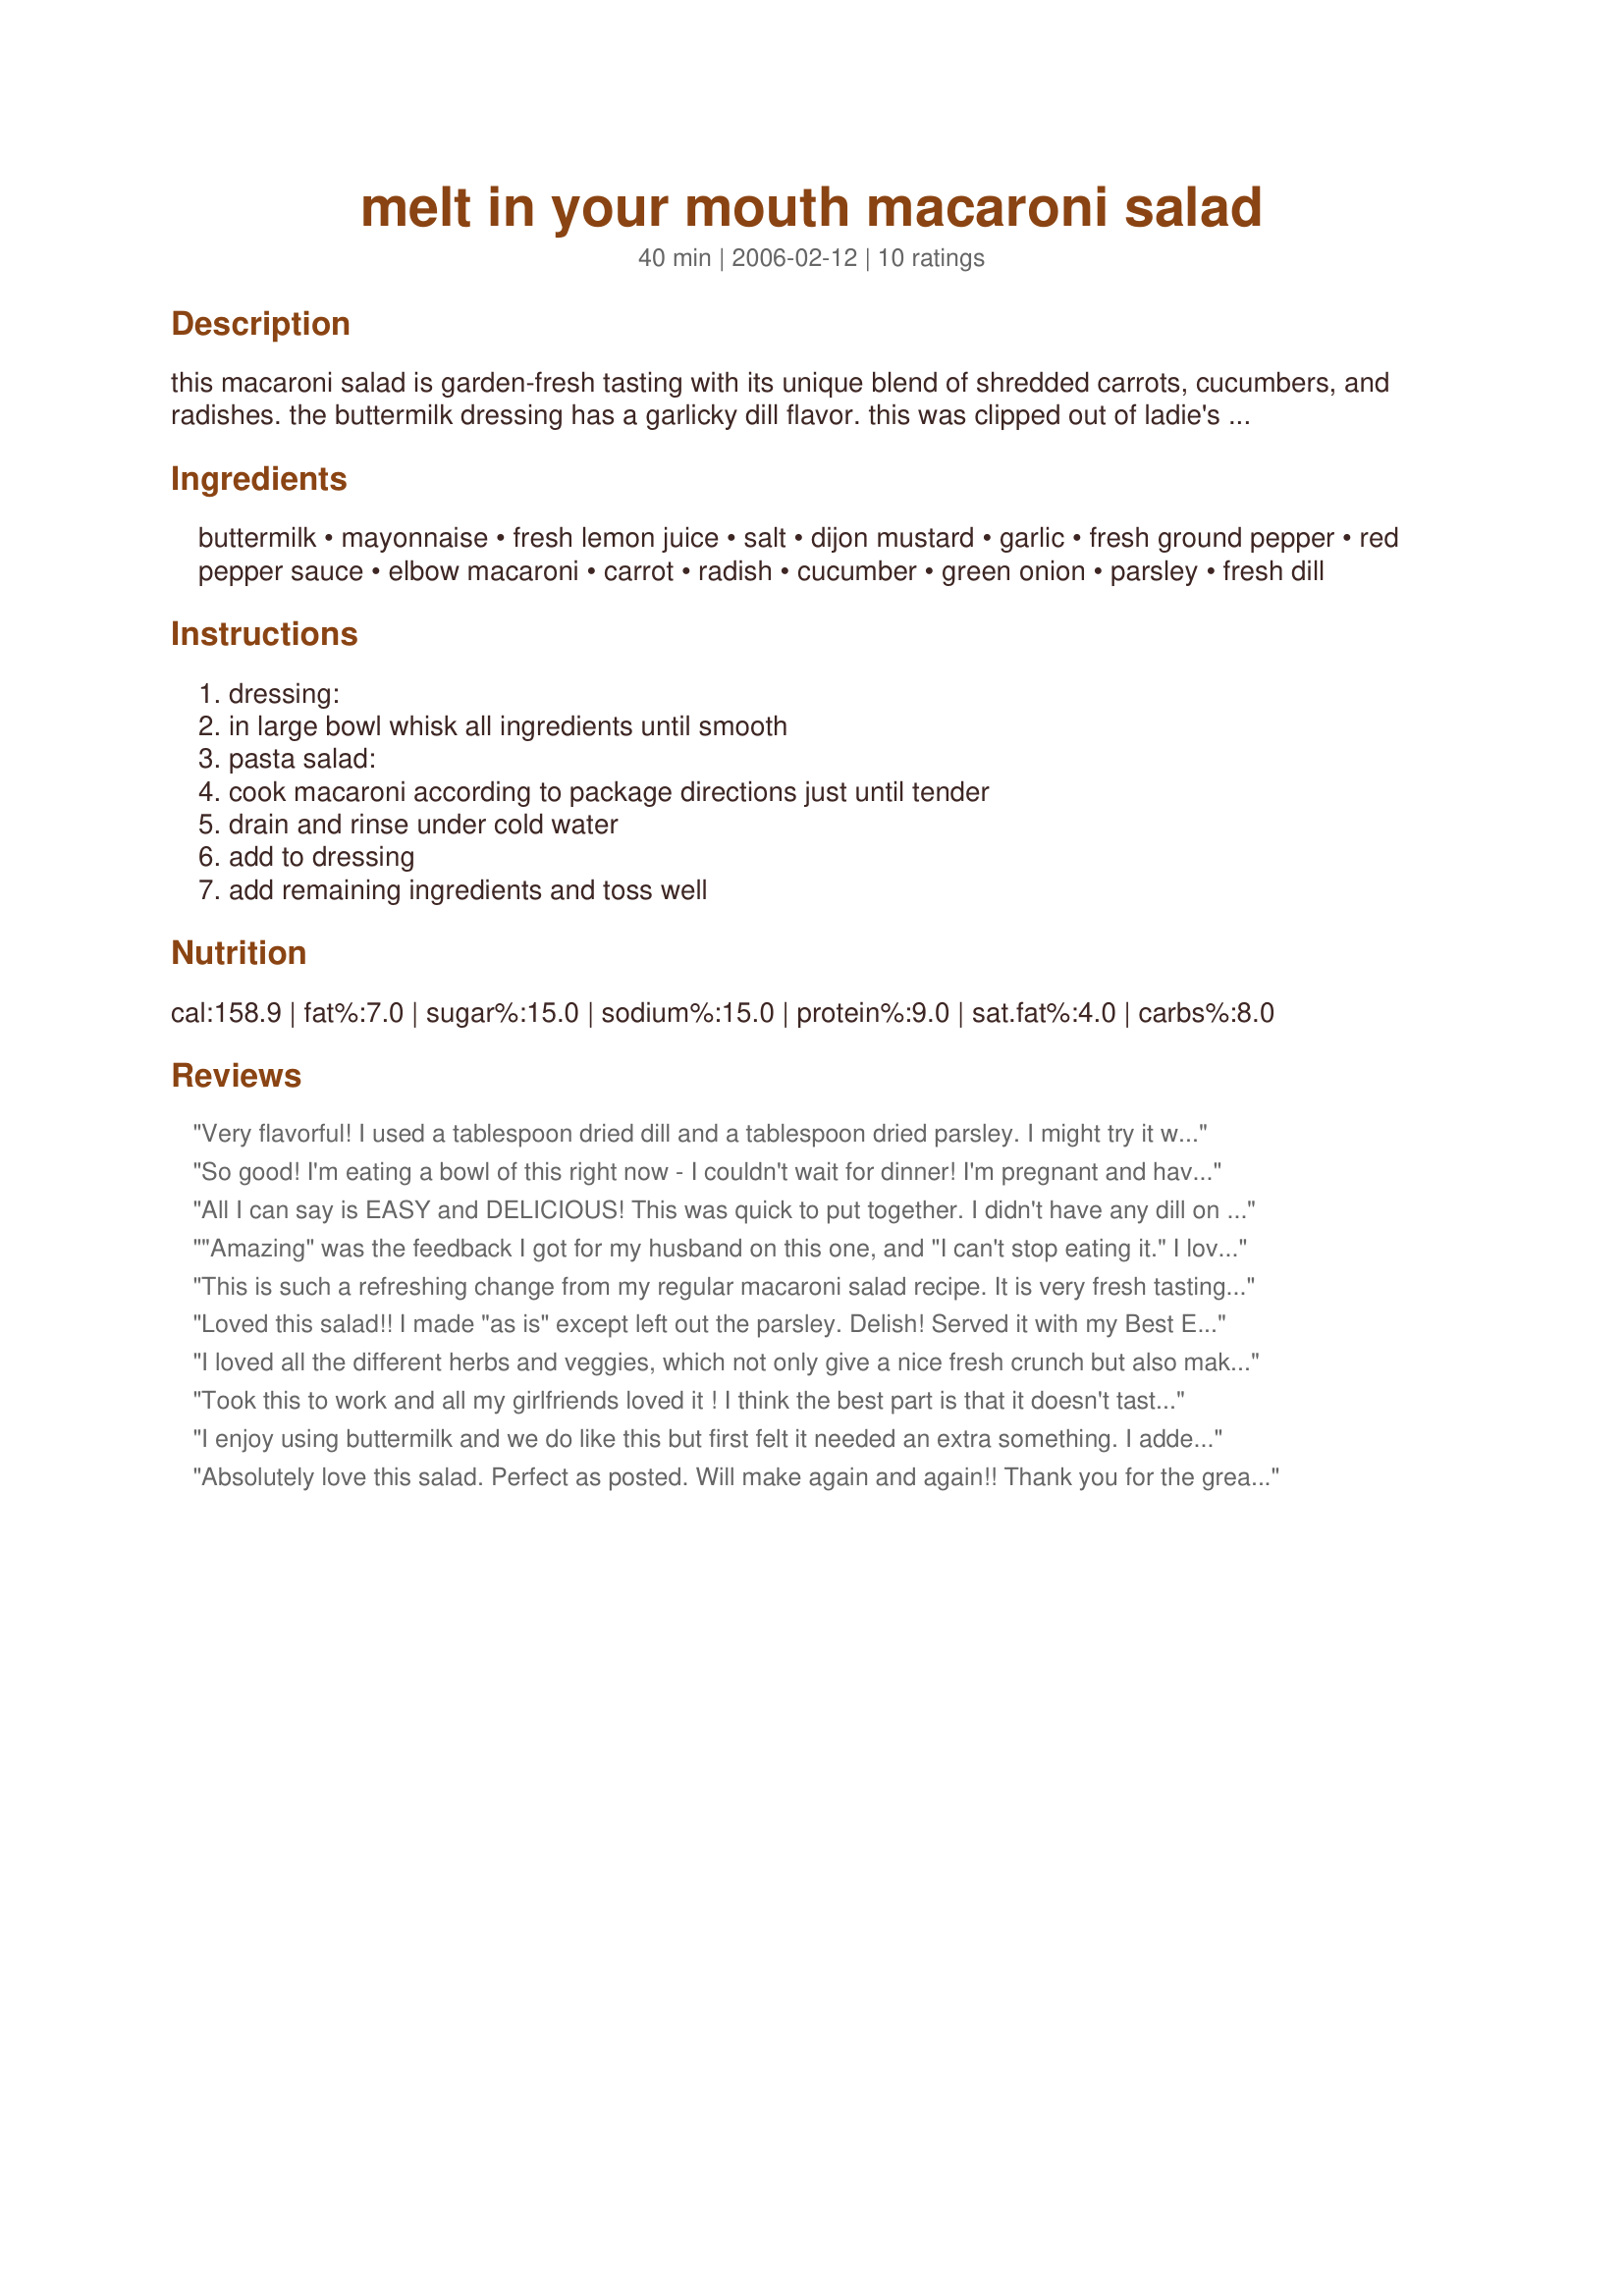
melt in your mouth macaroni salad
Preparation time: 40 minutes

this macaroni salad is garden-fresh tasting with its unique blend of shredded carrots, cucumbers, and radishes. the buttermilk dressing has a garlicky dill flavor. this was clipped out of ladie's home journal magazine about 20 years ago.

Ingredients:
buttermilk, mayonnaise, fresh lemon juice, salt, dijon mustard, garlic, fresh ground pepper, red pepper sauce, elbow macaroni, carrot, radish, cucumber, green onion, parsley, fresh dill

Steps:
dressing:, in large bowl whisk all ingredients until smooth, pasta salad:, cook macaroni according to package directions just until tender, drain and rinse under cold water, add to dressing, add remaining ingredients and toss well

Reviews:
Very flavorful! I used a tablespoon dried dill and a tablespoon dried parsley. I might try it with less dill next time. I wish it were a tad healthier so I might experiment with reducing the amount of mayonnaise. I used rotini because it looked so appetizing in the picture.
So good! I'm eating a bowl of this right now - I couldn't wait for dinner! I'm pregnant and have been craving macaroni salads (weird, huh?) and this is perfect. Loaded with veggies and also low in fat. I used skim milk and dried parsley and dill. Everything else except for the radishes I had on hand. I will add the radishes next time. I just hope my DH doesn't like it so that there is more for me! Thank you!!!
All I can say is EASY and DELICIOUS! This was quick to put together. I didn't have any dill on hand, so I just used parsley. I also used rotini pasta instead elbow macaroni. Thank you for the great side dish and great lunch! :)
"Amazing" was the feedback I got for my husband on this one, and "I can't stop eating it." I love that the mayo is thinned out with less fattening ingredients and it is so fresh and healthy tasting with the fresh herbs and veggies. I served it with grilled bbq chicken breasts and steamed green beans. It is really quick and easy, I plan to make it quite a bit this summer. Excellent summer side dish!
This is such a refreshing change from my regular macaroni salad recipe. It is very fresh tasting and the dressing gives it great flavor. I made as posted and chopping the veggies was the hardest part :) Thanks so much for posting a great recipe that will see lots of use this summer!
Loved this salad!! I made "as is" except left out the parsley. Delish! Served it with my Best Ever BBQ chicken and found that the sauce is really good with this salad. You could add all sorts of yummy veggies or ingredients to this salad to spice it up even more.
I loved all the different herbs and veggies, which not only give a nice fresh crunch but also make for a very colorful salad. We had it as a side with slow cooked ribs, and it was all quite tasty!
Took this to work and all my girlfriends loved it ! I think the best part is that it doesn't taste all "mayonnaisy" Thanks for posting it!
I enjoy using buttermilk and we do like this but first felt it needed an extra something. I added some sliced black olives, celery and apple sausage - it was pretty good. Tonight my husband added a small amt of horseradish and he said, "perfect!" I will make it again but add our little touches.
Absolutely love this salad. Perfect as posted. Will make again and again!! Thank you for the great recipe!!
